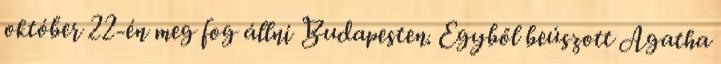
október 22-én meg fog állni Budapesten. Egyből beúszott Agatha